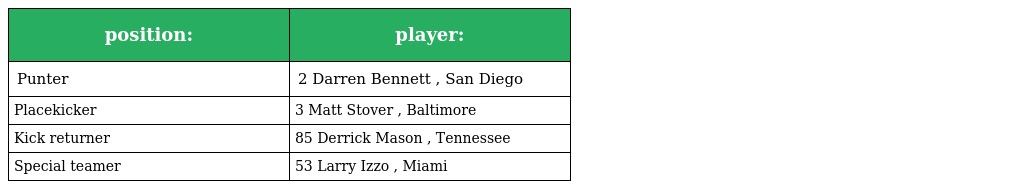
| position: | player: |
 | --- | --- |
 | Punter | 2 Darren Bennett , San Diego |
 | Placekicker | 3 Matt Stover , Baltimore |
 | Kick returner | 85 Derrick Mason , Tennessee |
 | Special teamer | 53 Larry Izzo , Miami |